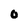
Character: O